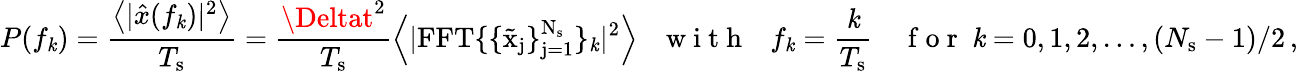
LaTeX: P(f_{\mathit{k}})=\frac{{\left<|\hat{{x}}(f_{\mathit{k}})|^{2}\right>}}{{T_{\mathrm{{s}}}}}=\frac{{\Deltat^{2}}}{{T_{\mathrm{{s}}}}}\left<|\mathrm{{{FFT}\{ \{ \tilde{{x}}_{j}\} _{j=1}^{N_{\mathrm{{s}}}}\} _{\mathit{k}}|^{2}}}\right>\ \ \ \mathrm{{~w~i~t~h~}}\ \ \ f_{\mathit{k}}=\frac{{\mathit{k}}}{{T_{\mathrm{{s}}}}}\ \ \ \ \mathrm{{~f~o~r~}}\ \mathit{k}=0,1,2,\ldots,(N_{\mathrm{{s}}}-1)/2\, ,